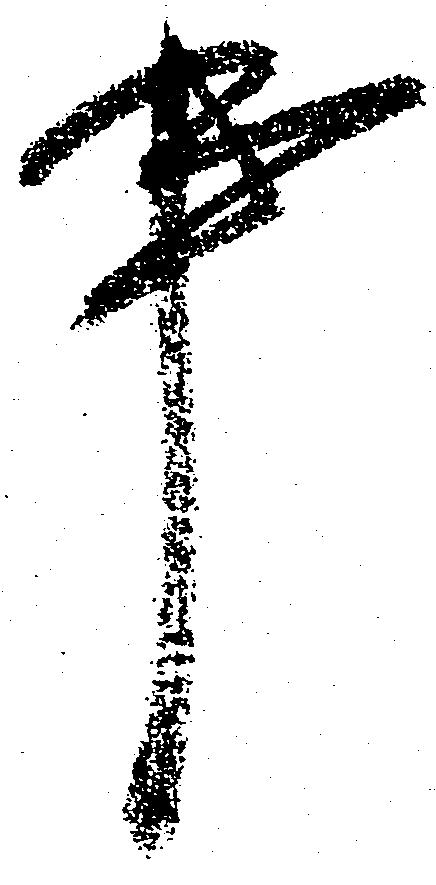
事